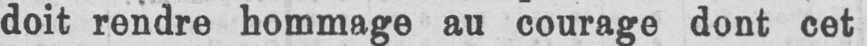
doit rendre hommage au courage dont cet